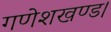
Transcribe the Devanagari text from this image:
गणेशखण्ड।